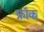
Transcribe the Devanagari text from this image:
फ्राॅक